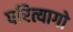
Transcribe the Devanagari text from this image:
परित्यागो